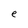
Character: e